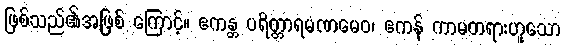
ဖြစ်သည်၏အဖြစ် ကြောင့်။ ဧကန္တ ပရိတ္တာရမဏမေဝ၊ ဧကန် ကာမတရားဟူသော